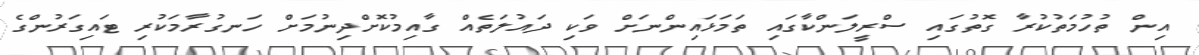
އިން ތުހުމަތުކުރާ ގޮތުގައި ސްރީލަންކާގައި ތަމަޅައިންނަށް ވަކި ދައުލަތެއް ގާއިމުކޮށްދިނުމަށް ހަނގުރާމަކުރި ޓައިގަރުންގެ